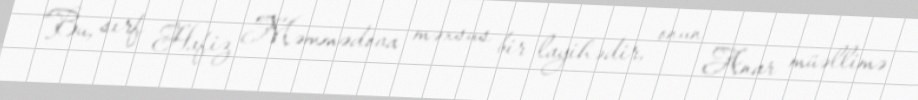
“Bu, sırf Hafiz Məmmədova məxsus bir layihədir, onun Anar müəllimə